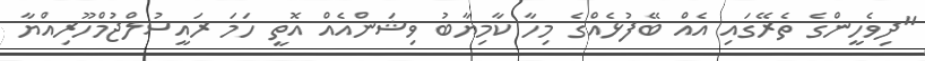
"ދިވެހީންގެ ތެރޭގައި އެއް ބޭފުޅެއްގެ މިހާ ކާމިޔާބު ވިޝަންއެއް އޮތީ ހަމަ ރައީސުލްޖުމްހޫރިއްޔާ